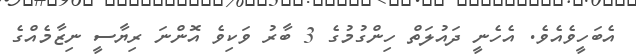
އެބަހީވެއެވެ. އެހެނީ ދައުލަތް ހިންގުމުގެ 3 ބާރު ވަކިވެ އޮންނަ ރިޔާސީ ނިޒާމެއްގެ